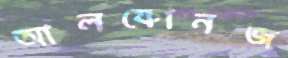
আলফোনজ